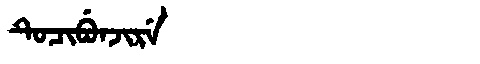
Manchu: ᡨᡠᠴᡳᠪᡠᠨᠵᡳᡵᡝ
Romanization: TUCIBUNJIRE